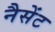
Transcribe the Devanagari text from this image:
नैसेंट